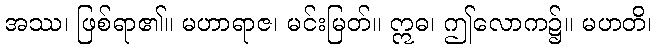
အဿ၊ ဖြစ်ရာ၏။ မဟာရာဇ၊ မင်းမြတ်။ ဣဓ၊ ဤလောက၌။ မဟတိ၊